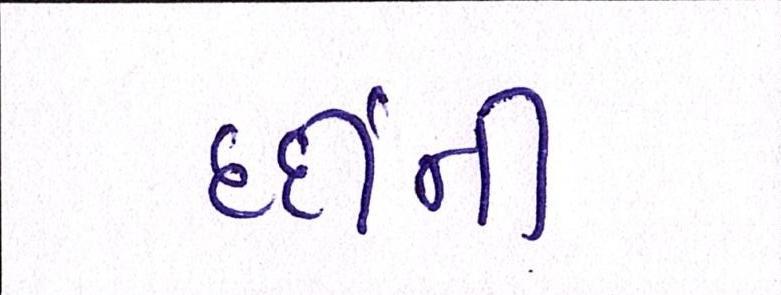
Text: દર્દીની